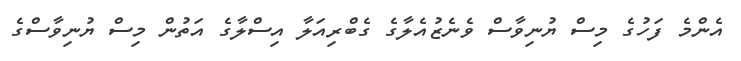
އެންމެ ފަހުގެ މިސް ޔުނިވާސް ވެނެޒުއެލާގެ ގެބްރިއަލާ އިސްލާގެ އަތުން މިސް ޔުނިވާސްގެ